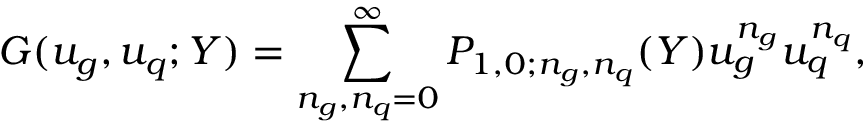
G ( u _ { g } , u _ { q } ; Y ) = \sum _ { n _ { g } , n _ { q } = 0 } ^ { \infty } P _ { 1 , 0 ; n _ { g } , n _ { q } } ( Y ) u _ { g } ^ { n _ { g } } u _ { q } ^ { n _ { q } } ,